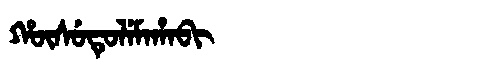
Manchu: ᡥᡡᠰᡠᡨᡠᠯᡝᠮᠠᡥᠠᠪᡳ
Romanization: HŪSUTULEMAHABI